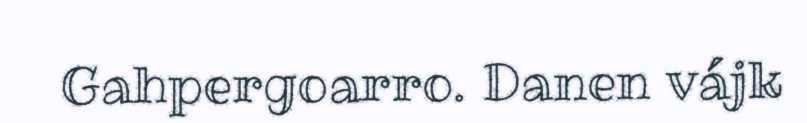
Gahpergoarro. Danen vájk